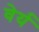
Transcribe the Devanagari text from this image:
वेर्य